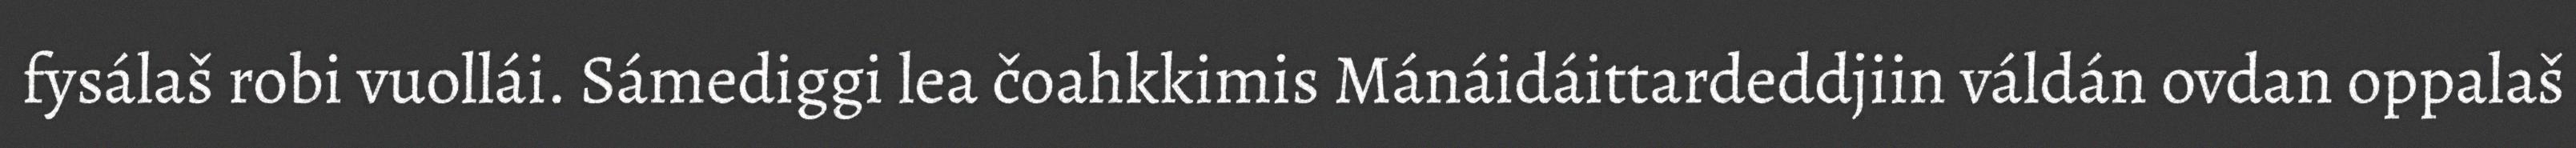
fysálaš robi vuollái. Sámediggi lea čoahkkimis Mánáidáittardeddjiin váldán ovdan oppalaš